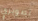
تصويري